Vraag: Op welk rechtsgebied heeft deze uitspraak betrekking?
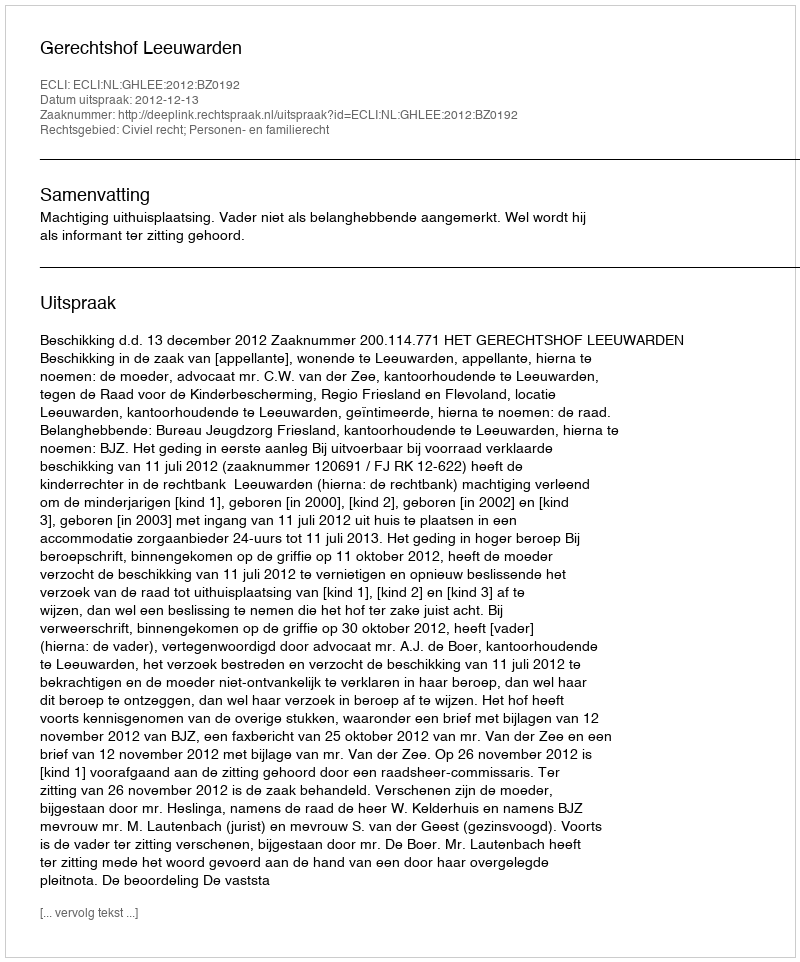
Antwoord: Civiel recht; Personen- en familierecht